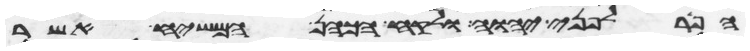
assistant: הפר לפני יהוה ולקח הכהן המשיח אשר